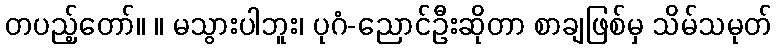
တပည့်တော်။ ။ မသွားပါဘူး၊ ပုဂံ-ညောင်ဦးဆိုတာ စာချဖြစ်မှ သိမ်သမုတ်